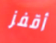
أقفز